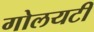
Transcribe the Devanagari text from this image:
गोलयटी